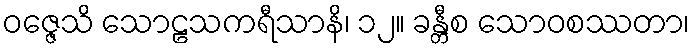
ဝဇ္ဇေသိ သောဠသကရီသာနိ၊ ၁၂။ ခန္တီစ သောဝစဿတာ၊